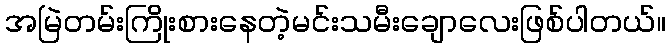
အမြဲတမ်းကြိုးစားနေတဲ့မင်းသမီးချောလေးဖြစ်ပါတယ်။